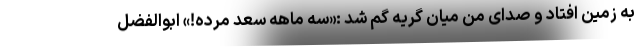
به زمین افتاد و صدای من میان گریه گم شد :«سه ماهه سعد مُرده!» ابوالفضل